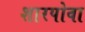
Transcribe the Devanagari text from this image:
शारपोवा